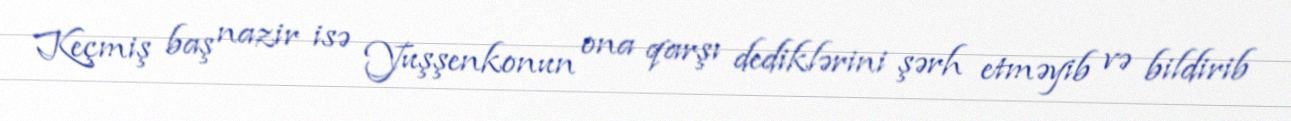
Keçmiş baş nazir isə Yuşşenkonun ona qarşı dediklərini şərh etməyib və bildirib